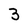
Character: 3